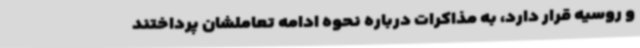
و روسیه قرار دارد، به مذاکرات درباره نحوه ادامه تعاملشان پرداختند